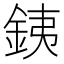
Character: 銕